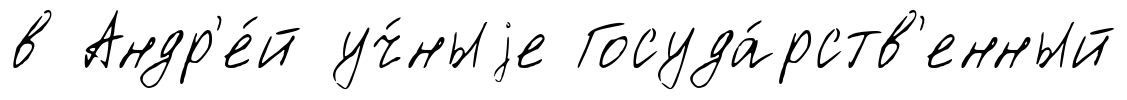
в Андр'е́й уч́ныjе Госуда́рств'енный